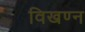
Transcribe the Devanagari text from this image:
विखण्न